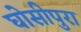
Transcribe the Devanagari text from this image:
घोसीपुरा